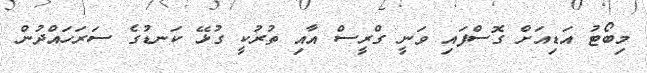
މިބޯޓު އަޑިއަށް ގޮސްފައި ވަނީ ގްރީސް އާއި ތުރުކީ ގުޅޭ ކަނޑުގެ ސަރަހައްދުން